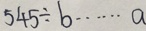
5 4 5 \div b \cdots a